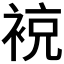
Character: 𧚢